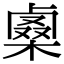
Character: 𠨇